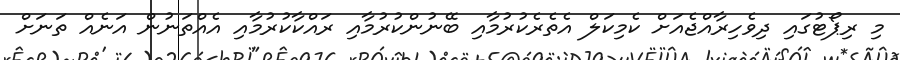
މި ރިޕޯޓުގައި ދިވެހިރާއްޖެއަށް ކެމިކަލް އެތެރެކުރުމާއި ބޭނުންކުރުމާއި ރައްކާކުރުމާއި އެއްތަނުން އަނެއް ތަނަށް